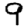
Digit: 9